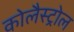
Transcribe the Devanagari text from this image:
कोलैस्ट्रोल